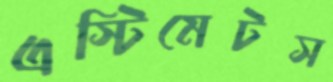
এস্টিমেটস